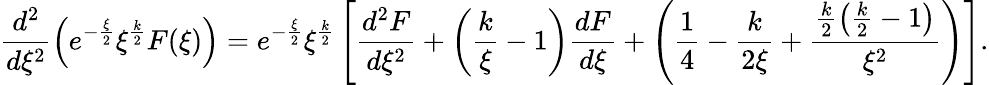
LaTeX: \frac{d^{2}}{d\xi^{2}}\left(e^{-\frac{\xi}{2}}\xi^{\frac{k}{2}}F(\xi)\right)=e^{-\frac{\xi}{2}}\xi^{\frac{k}{2}}\left[\frac{d^{2}F}{d\xi^{2}}+\left(\frac{k}{\xi}-1\right)\frac{dF}{d\xi}+\left(\frac{1}{4}-\frac{k}{2\xi}+\frac{\frac{k}{2}\left(\frac{k}{2}-1\right)}{\xi^{2}}\right)\right].